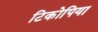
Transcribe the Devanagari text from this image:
टिकोपिया